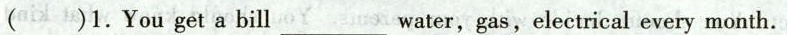
()1.You get a bill_water, gas, electrical every month.